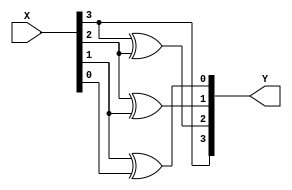
`timescale 1ns / 1ps
//////////////////////////////////////////////////////////////////////////////////
// Company: 
// Engineer: 
// 
// Design Name: 
// Module Name: BCD2GRAY
// Project Name: 
// Target Devices: 
// Tool Versions: 
// Description: 
// 
// Dependencies: 
// 
// Revision:
// Revision 0.01 - File Created
// Additional Comments:
// 
//////////////////////////////////////////////////////////////////////////////////


module BCD2GRAY(
    input [3:0] X,
    output [3:0] Y
    );
    
assign Y[3] = X[3];
assign Y[2] = X[3]^X[2];
assign Y[1] = X[2]^X[1];
assign Y[0] = X[1]^X[0];  
endmodule